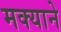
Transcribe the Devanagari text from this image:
मक्याने